Report of the Indian Hemp Drugs Commission, 1894-1895 - Volume VI
Year: 1894
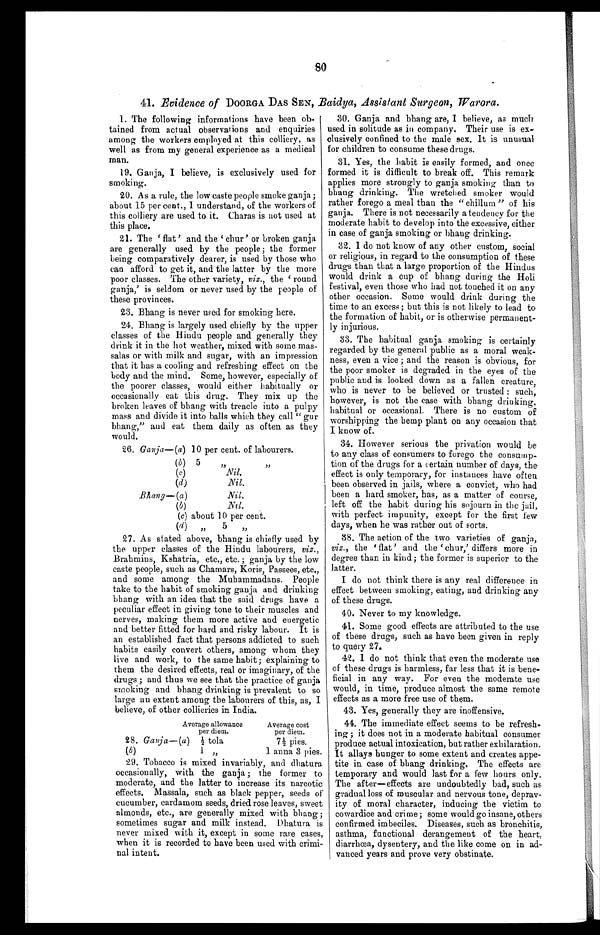
80
41. _Evidence of DOORGA DAS SEN, Baidya, Assistant Surgeon, Warora.
1. The following informations have been ob-
tained from actual observations and enquiries
among the workers employed at this colliery, as
well as from my general experience as a medical
man.
19. Ganja, I believe, is exclusively used for
smoking.
20. As a rule, the low caste people smoke ganja ;
about 15 per cent., I understand, of the workers of
this colliery are used to it. Charas is not used at
this place.
21. The ' flat' and the ' chur' or broken ganja
are generally used by the people; the former
being comparatively dearer, is used by those who
can afford to get it, and the latter by the more
poor classes. The other variety, viz., the round
ganja,' is seldom or never used by the people of
these provinces.
23. Bhang is never used for smoking here.
24. Bhang is largely used chiefly by the upper
classes of the Hindu people and generally they
drink it in the hot weather, mixed with some mas-
salas or with milk and sugar, with an impression
that it has a cooling and refreshing effect on the
body and the mind. Some, however, especially of
the poorer classes, would either habitually or
occasionally eat this drug. They mix up the
broken leaves of bhang with treacle into a pulpy
mass and divide it into balls which they call " gur
bhang," and eat them daily as often as they
would.
26. Ganja—
( a ) 10 per cent. of labourers.
( b ) 5
,,
,,
(c)
Nil.
(d)
Nil.
Bhang—
( a )
N i l .
(b)
N i l .
(c) about 10 per cent.
( d ) ,,
5 ,,
27. As stated above, bhang is chiefly used by
the upper classes of the Hindu labourers, viz.,
Brahmins, Kshatria, etc., etc.; ganja by the low
caste people, such as Chamars, Koris, Passees, etc.,
and some among the Muhammadans. People
take to the habit of smoking ganja and drinking
bhang with an idea that the said drugs have a
peculiar effect in giving tone to their muscles and
nerves, making them more active and energetic
and better fitted for hard and risky labour. It is
an established fact that persons addicted to such
habits easily convert others, among whom they
live and work, to the same habit;
e x p l a i n i n g t o t h e m t h e d e s i r e d e f f e c t s , r e a l o r i m a g i n a r y , o f t h e
drugs ; and thus we see that the practice of ganja
smoking and bhang drinking is prevalent to so
large an extent among the labourers of this, as, I
Average allowance
per diem.
Average cost
per diem.
28. Ganja—(a)
tola
7 1/2 p i e s .
( b )
1 „
1 anna 3 pies.
29. Tobacco is mixed invariably, and dbatura
occasionally, with the ganja ; the former to
moderate, and the latter to increase its narcotic
effects. Massala, such as black pepper, seeds of
cucumber, cardamom seeds, dried rose leaves, sweet
almonds, etc., are generally mixed with bhang;
sometimes sugar and milk instead. Dhatura is
never mixed with it, except in some rare cases,
when it is recorded to have been used with crimi-
nal intent.
30. Ganja and bhang are, I believe, as much
used in solitude as in company. Their use is ex-
clusively confined to the male sex. It is unusual
for children to consume these drugs.
31. Yes, the habit is easily formed, and once
formed it is difficult to break off. This remark
applies more strongly to ganja smoking than to
bhang drinking. The wretched smoker would
rather forego a meal than the " chillum " of his
ganja. There is not necessarily a tendency for the
moderate habit to develop into the excessive, either
in case of ganja smoking or bhang drinking.
32. I do not know of any other custom, social
or religious, in regard to the consumption of these
drugs than that a large proportion of the Hindus
would drink a cup of bhang during the Holi
festival, even those who had not touched it on any
other occasion. Some would drink during the
time to an excess ; but this is not likely to lead to
the formation of habit, or is otherwise permanent-
ly injurious.
33. The habitual ganja smoking is certainly
regarded by the general public as a moral weak-
ness, even a vice ; and the reason is obvious, for
the poor smoker is degraded in the eyes of the
public and is looked down as a fallen creature,
who is never to be believed or trusted : such,
however, is not the case with bhang drinking,
habitual or occasional. There is no custom of
worshipping the hemp plant on any occasion that
I know of.
34. However serious the privation would be
to any class of consumers to forego the consump-
tion of the drugs for a certain number of days, the
effect is only temporary, for instances have often
been observed in jails, where a convict, who had
been a hard smoker, has, as a matter of course,
left off the habit during his sojourn in the jail,
with perfect impunity, except for the first few
days, when he was rather out of sorts.
38. The action of the two varieties of ganja,
viz., t h e ' f l a t ' a n d t h e ' c h u r , ' d i f f e r s mo r e i n
degree than in kind; the former is superior to the
latter.
I do not think there is any real difference in
effect between smoking, eating, and drinking any
of these drugs.
40. Never to my knowledge.
41. Some good effects are attributed to the use
of these drugs, such as have been given in reply
to query 27.
42. I do not think that even the moderate use
of these drugs is harmless, far less that it is bene-
ficial in any way. For even the moderate use
would, in time, produce almost the same remote
effects as a more free use of them.
43. Yes, generally they are inoffensive.
44. The immediate effect seems to be refresh-
ing ; it does not in a moderate habitual consumer
produce actual intoxication, but rather exhilaration.
It allays hunger to some extent and creates appe-
tite in case of bhang drinking. The effects are
temporary and would last for a few hours only.
The after—effects are undoubtedly bad, such as
gradual loss of muscular and nervous tone, deprav-
ity of moral character, inducing the victim to
cowardice and crime; some would go insane, others
confirmed imbeciles. Diseases, such as bronchitis,
asthma, functional derangement of the heart,
diarrhœa, dysentery, and the like come on in ad-
vanced years and prove very obstinate.